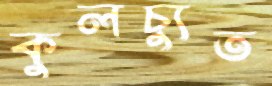
কুলচ্যুত